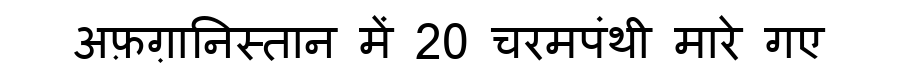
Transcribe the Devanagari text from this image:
अफ़ग़ानिस्तान में 20 चरमपंथी मारे गए